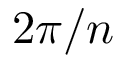
2 \pi / n